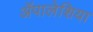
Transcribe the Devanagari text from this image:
ॲपालेशिया